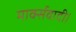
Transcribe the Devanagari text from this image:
मार्क्सवादी।